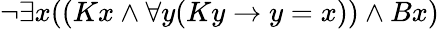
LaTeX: \lnot\exists x((Kx\land\forall y(Ky\rightarrow y=x))\land Bx)